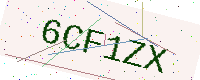
Text: 6CF1ZX